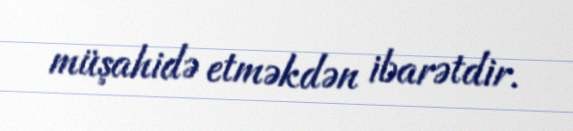
müşahidə etməkdən ibarətdir.